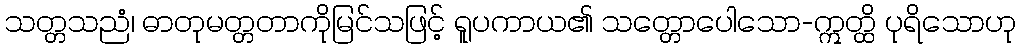
သတ္တသညံ၊ ဓာတုမတ္တတာကိုမြင်သဖြင့် ရူပကာယ၏ သတ္တောပေါသော-ဣတ္ထိ ပုရိသောဟု